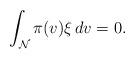
LaTeX: \begin{align*}\int_{\mathcal{N}}\pi(v)\xi\, dv=0.\end{align*}